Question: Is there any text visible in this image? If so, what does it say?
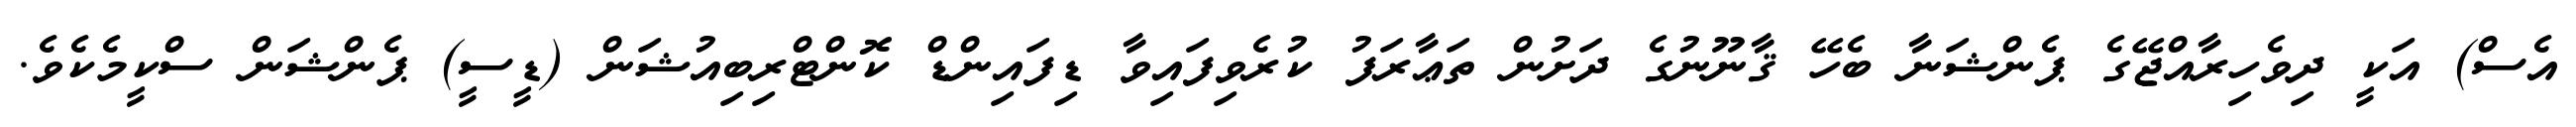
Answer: އެސް) އަކީ ދިވެހިރާއްޖޭގެ ޕެންޝަނާ ބެހޭ ޤާނޫނުގެ ދަށުން ތަޢާރަފު ކުރެވިފައިވާ ޑިފައިންޑް ކޮންޓްރިބިއުޝަން (ޑީސީ) ޕެންޝަން ސްކީމެކެވެ.